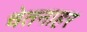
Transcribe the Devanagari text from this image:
चेतनाहर